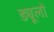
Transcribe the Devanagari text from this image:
ड्यूलों